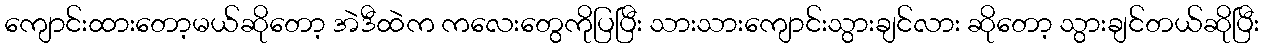
ကျောင်းထားတော့မယ်ဆိုတော့ အဲဒီထဲက ကလေးတွေကိုပြပြီး သားသားကျောင်းသွားချင်လား ဆိုတော့ သွားချင်တယ်ဆိုပြီး